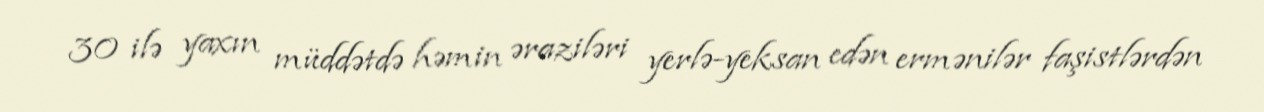
30 ilə yaxın müddətdə həmin əraziləri yerlə-yeksan edən ermənilər faşistlərdən